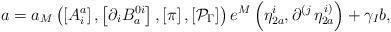
LaTeX: \begin{align*}a=a_{M}\left( \left[ A_{i}^{a}\right] ,\left[ \partial _{i}B_{a}^{0i}\right],\left[ \pi \right] ,\left[ \mathcal{P}_{\Gamma }\right] \right) e^{M}\left(\eta _{2a}^{i},\partial ^{\left( j\right. }\eta _{2a}^{\left. i\right)}\right) +\gamma _{I}b, \end{align*}